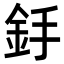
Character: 𨥋